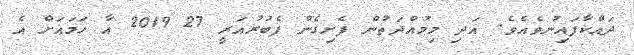
ދައްކާފައިނުވެއެވެ. އަދި މިމުއްދަތުން ފެށިގެން ފެބުރުއަރީ 27 2019 އާ ހަމައަށް އެ